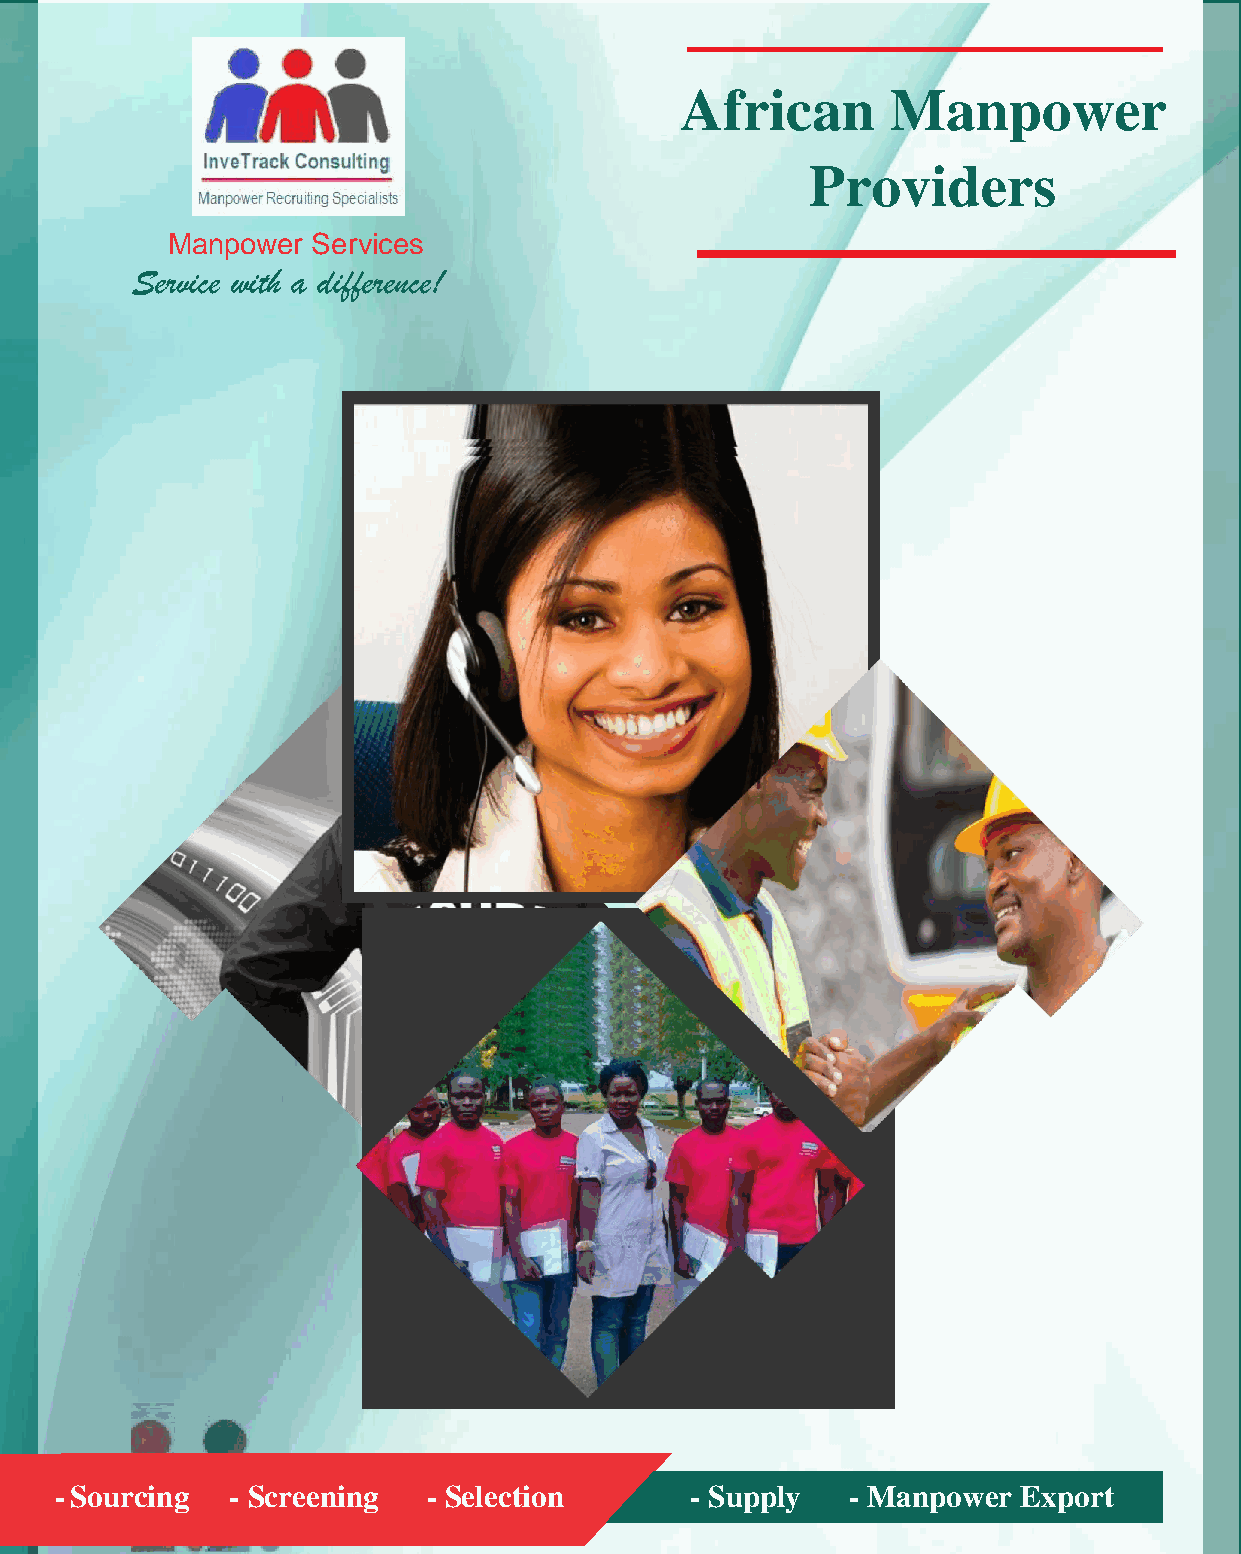
African       Manpower
 Providers
 Manpower  Services
 Service with a difference!
 - Sourcing - Screening  - Selection       - Supply  - Manpower  Export